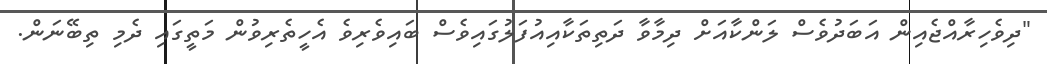
"ދިވެހިރާއްޖެއިން އަބަދުވެސް ލަންކާއަށް ދިމާވާ ދަތިތަކާއިއުފަލުގައިވެސް ބައިވެރިވެ އެހީތެރިވުން މަތީގައި ދެމި ތިބޭނަން.